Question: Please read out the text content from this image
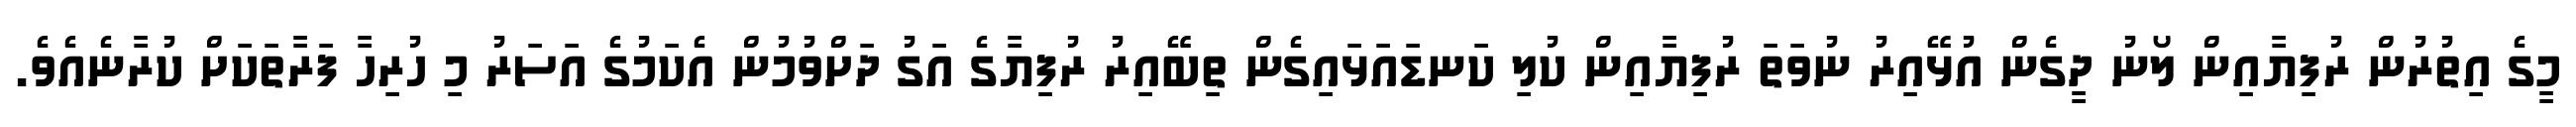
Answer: މީގެ އިތުރުން ރުފިޔާއިން ލޯނު ދީގެން އުޅޭއިރު ނުވަތަ ރުފިޔާއިން ކުލި ކަނޑައަޅައިގެން ތިބޭއިރު ރުފިޔާގެ އަގު ދަށްވުމުން އެކަމުގެ އަސަރު މި ހުރިހާ ފަރާތަކަށް ކުރާނެއެވެ.